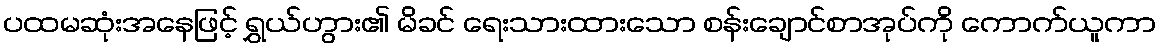
ပထမဆုံးအနေဖြင့် ရွှယ်ဟွား၏ မိခင် ရေးသားထားသော စန်းချောင်စာအုပ်ကို ကောက်ယူကာ